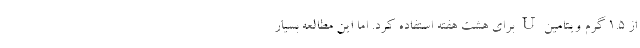
از 1.5 گرم ویتامین U برای هشت هفته استفاده کرد. اما این مطالعه بسیار